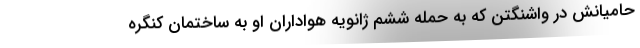
حامیانش در واشنگتن که به حمله ششم ژانویه هواداران او به ساختمان کنگره